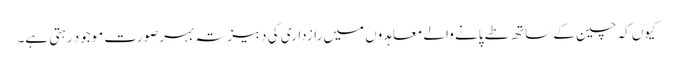
کیوں کہ چین کے ساتھ طے پانے والے معاہدوں میں رازداری کی دبیز تہ بہرصورت موجود رہتی ہے۔